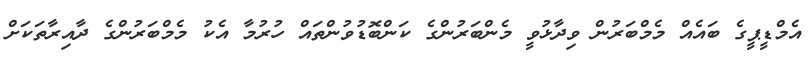
އެމްޑީޕީގެ ބައެއް މެމްބަރުން ވިދާޅުވީ މެންބަރުންގެ ކަންބޮޑުވުންތައް ހުރުމާ އެކު މެމްބަރުންގެ ދާއިރާތަކަށް